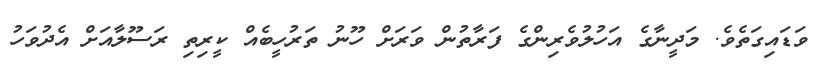
ވަޑައިގަތެވެ. މަދީނާގެ އަހުލުވެރިންގެ ފަރާތުން ވަރަށް ހޫނު ތަރުހީބެއް ކީރިތި ރަސޫލާއަށް އެދުވަހު